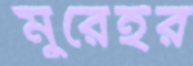
মুরেইর